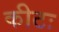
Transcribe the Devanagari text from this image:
कीटः